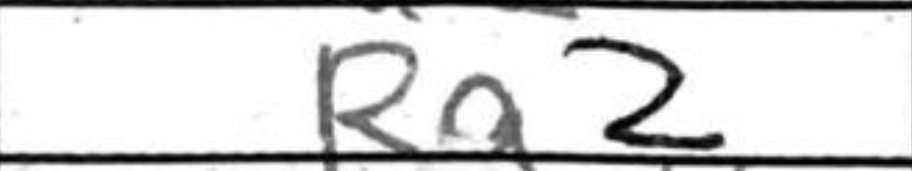
Transcription: Ra2